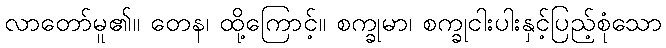
လာတော်မူ၏။ တေန၊ ထို့ကြောင့်။ စက္ခုမာ၊ စက္ခုငါးပါးနှင့်ပြည့်စုံသော